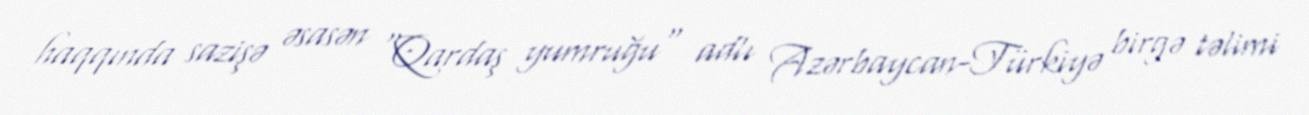
haqqında sazişə əsasən "Qardaş yumruğu" adlı Azərbaycan-Türkiyə birgə təlimi